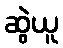
ဆွဲယူ